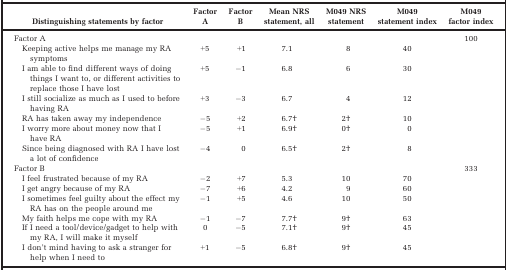
<table><thead><tr><td><b>Distinguishing statements by factor</b></td><td><b>Factor A </b></td><td><b>Factor B </b></td><td><b>Mean NRS statement, all </b></td><td><b>M049 NRS statement </b></td><td><b>M049 statement index </b></td><td><b>M049 factor index</b></td></tr></thead><tbody><tr><td>Factor A</td><td></td><td></td><td></td><td></td><td></td><td>100</td></tr><tr><td>Keeping active helps me manage my RA symptoms</td><td>+5</td><td>+1</td><td>7.1</td><td>8</td><td>40</td><td></td></tr><tr><td>I am able to find different ways of doing things I want to, or different activities to replace those I have lost</td><td>+5</td><td>−1</td><td>6.8</td><td>6</td><td>30</td><td></td></tr><tr><td>I still socialize as much as I used to before having RA</td><td>+3</td><td>−3</td><td>6.7</td><td>4</td><td>12</td><td></td></tr><tr><td>RA has taken away my independence</td><td>−5</td><td>+2</td><td>6.7b</td><td>2b</td><td>10</td><td></td></tr><tr><td>I worry more about money now that I have RA</td><td>−5</td><td>+1</td><td>6.9b</td><td>0b</td><td>0</td><td></td></tr><tr><td>Since being diagnosed with RA I have lost a lot of confidence</td><td>−4</td><td>0</td><td>6.5b</td><td>2b</td><td>8</td><td></td></tr><tr><td>Factor B</td><td></td><td></td><td></td><td></td><td></td><td>333</td></tr><tr><td>I feel frustrated because of my RA</td><td>−2</td><td>+7</td><td>5.3</td><td>10</td><td>70</td><td></td></tr><tr><td>I get angry because of my RA</td><td>−7</td><td>+6</td><td>4.2</td><td>9</td><td>60</td><td></td></tr><tr><td>I sometimes feel guilty about the effect my RA has on the people around me</td><td>−1</td><td>+5</td><td>4.6</td><td>10</td><td>50</td><td></td></tr><tr><td>My faith helps me cope with my RA</td><td>−1</td><td>−7</td><td>7.7b</td><td>9b</td><td>63</td><td></td></tr><tr><td>If I need a tool/device/gadget to help with my RA, I will make it myself</td><td>0</td><td>−5</td><td>7.1b</td><td>9b</td><td>45</td><td></td></tr><tr><td>I don&#x27;t mind having to ask a stranger for help when I need to</td><td>+1</td><td>−5</td><td>6.8b</td><td>9b</td><td>45</td><td></td></tr></tbody></table>